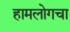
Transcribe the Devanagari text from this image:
हामलोगचा